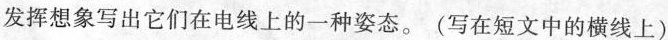
发挥想象写出它们在电线上的一种姿态。(写在短文中的横线上)